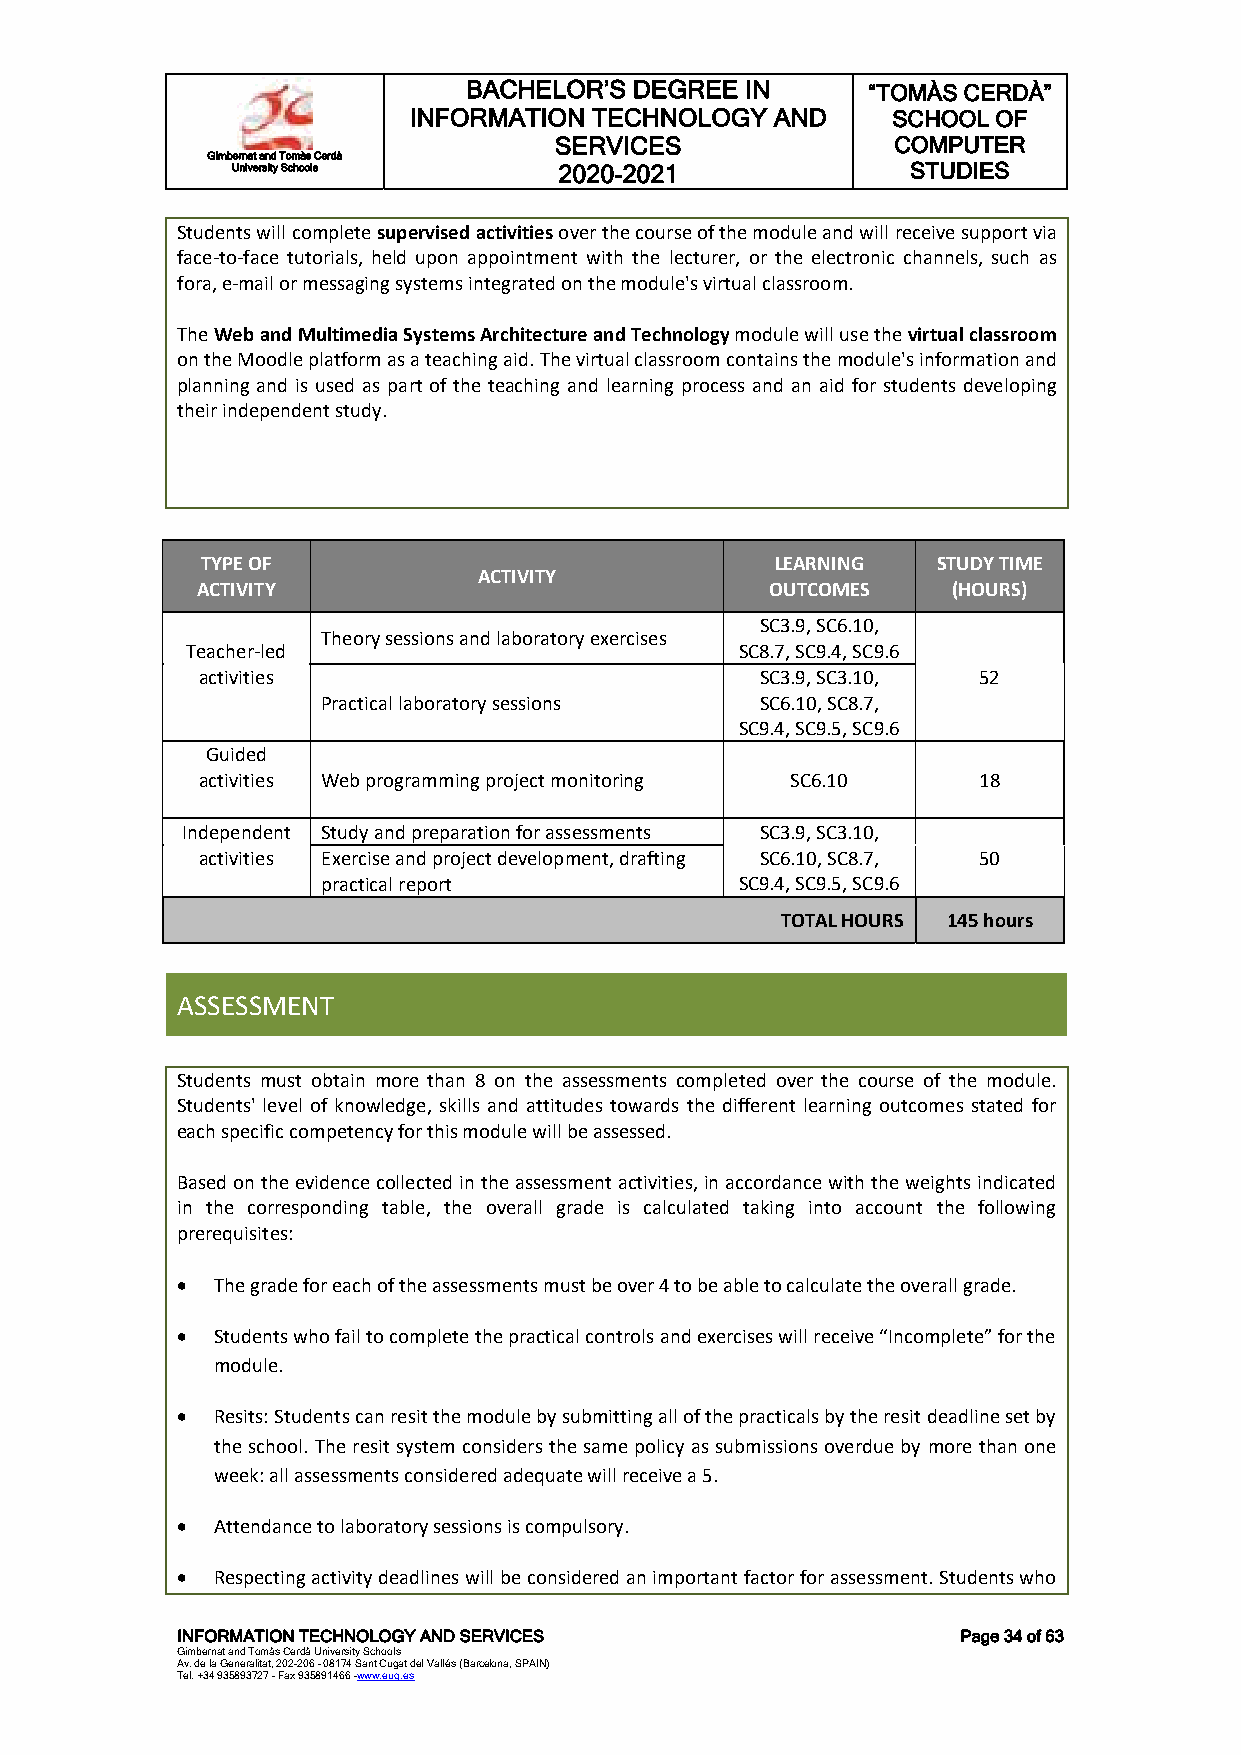
BACHELOR’S DEGREE IN      “TOMÀS CERDÀ”
 INFORMATION TECHNOLOGY  AND     SCHOOL OF
 SERVICES              COMPUTER
 Gimbernat and Tomàs Cerdà
 University Schools    2020-2021              STUDIES
 Students will complete supervised activities over the course of the module and will receive support via
 face-to-face tutorials, held upon appointment with the lecturer, or the electronic channels, such as
 fora, e-mail or messaging systems integrated on the module's virtual classroom.
 The Web and Multimedia Systems Architecture and Technology module will use the virtual classroom
 on the Moodle platform as a teaching aid. The virtual classroom contains the module's information and
 planning and is used as part of the teaching and learning process and an aid for students developing
 their independent study.
 TYPE OF                               LEARNING   STUDY TIME
 ACTIVITY
 ACTIVITY                              OUTCOMES    (HOURS)
 SC3.9, SC6.10,
 Theory sessions and laboratory exercises
 Teacher-led                          SC8.7, SC9.4, SC9.6
 activities                           SC3.9, SC3.10, 52
 Practical laboratory sessions SC6.10, SC8.7,
 SC9.4, SC9.5, SC9.6
 Guided
 activities Web programming project monitoring SC6.10 18
 Independent Study and preparation for assessments SC3.9, SC3.10,
 activities Exercise and project development, drafting SC6.10, SC8.7, 50
 practical report            SC9.4, SC9.5, SC9.6
 TOTAL HOURS 145 hours
 ASSESSMENT
 Students must obtain more than 8 on the assessments completed over the course of the module.
 Students' level of knowledge, skills and attitudes towards the different learning outcomes stated for
 each specific competency for this module will be assessed.
 Based on the evidence collected in the assessment activities, in accordance with the weights indicated
 in the corresponding table, the overall grade is calculated taking into account the following
 prerequisites:
  The grade for each of the assessments must be over 4 to be able to calculate the overall grade.
  Students who fail to complete the practical controls and exercises will receive “Incomplete” for the
 module.
  Resits: Students can resit the module by submitting all of the practicals by the resit deadline set by
 the school. The resit system considers the same policy as submissions overdue by more than one
 week: all assessments considered adequate will receive a 5.
  Attendance to laboratory sessions is compulsory.
  Respecting activity deadlines will be considered an important factor for assessment. Students who
 INFORMATION TECHNOLOGY AND SERVICES                 Page 34 of 63
 Gimbernat and Tomàs Cerdà University Schools
 Av. de la Generalitat, 202-206 - 08174 Sant Cugat del Vallés (Barcelona, SPAIN)
 Tel. +34 935893727 - Fax 935891466 -www.eug.es